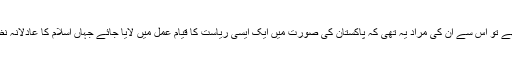
قائداعظمؒ جب اسلام کی عظمت رفتہ کی بات کرتے تھے تو اس سے ان کی مراد یہ تھی کہ پاکستان کی صورت میں ایک ایسی ریاست کا قیام عمل میں لایا جائے جہاں اسلام کا عادلانہ نظام اپنی تمام تر خوبصورتیوں کے ساتھ نافذ کیا جائے۔